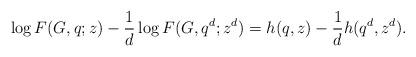
LaTeX: \begin{align*}\log F(G,q;z)-\frac1d\log F(G,q^d;z^d)=h(q,z)-\frac1d h(q^d,z^d).\end{align*}